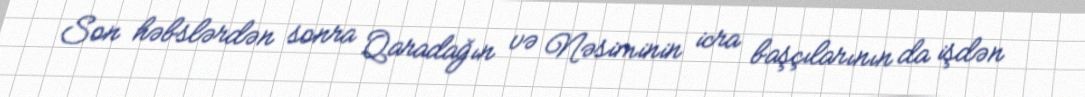
Son həbslərdən sonra Qaradağın və Nəsiminin icra başçılarının da işdən